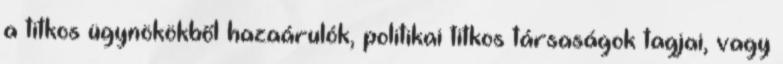
a titkos ügynö­kök­ből hazaárulók, politikai titkos társaságok tagjai, vagy